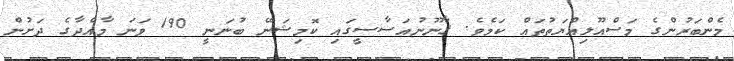
މެންބަރުންގެ މަސްއޫލިއްޔަތުތައް ކަމެވެ. ޤާނޫނުއަސާސީގައި ކޮމިޝަނޭ ބުނަނީ 190 ވަނަ މާއްދާގެ ދަށުން